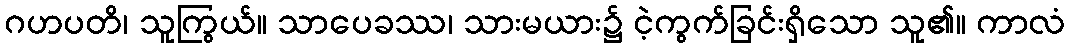
ဂဟပတိ၊ သူကြွယ်။ သာပေခဿ၊ သားမယား၌ ငဲ့ကွက်ခြင်းရှိသော သူ၏။ ကာလံ